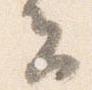
去